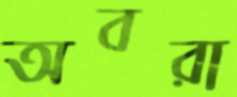
অবরা